Vaccination in Bombay 1924-1928 - 1924-1928
Year: 1924
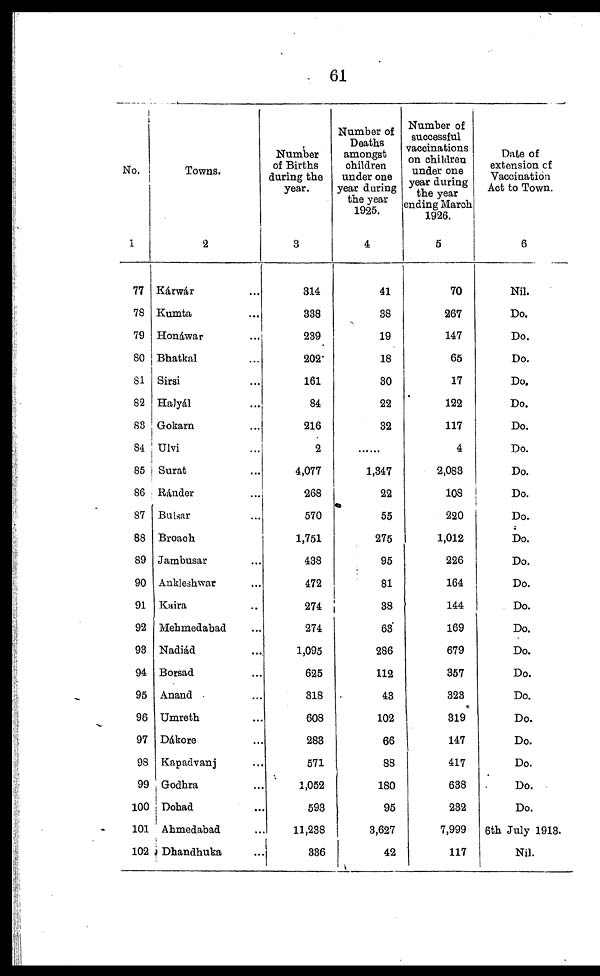
61
No.
1
77
78
79
80
81
82
83
84
85
86
87
88
89
90
91
92
93
94
95
96
97
98
99
100
101
102
Towns.
2
Kárwár ...
Kumta ...
Honáwar ...
Bhatkal ...
Sirsi ...
Halyál ...
Gokarn ...
Ulvi ...
Surat ...
Ránder ...
Bulsar ...
Broach ...
Jambusar ...
Ankleshwar ...
Kaira
Mehmedabad ...
Nadiád ...
Borsad ...
Anand ...
Umreth ...
Dákore ...
Kapadvanj ...
Godhra ...
Dohad ...
Ahmedabad ...
Dhandhuka ...
Number
of Births
during the
year.
3
314
338
239
202
161
84
216
2
4,077
268
570
1,751
438
472
274
274
1,095
625
318
608
283
571
1,052
593
11,238
336
Number of
Deaths
amongst
children
under one
year during
the year
1925.
4
41
38
19
18
30
22
32
...
1,347
22
55
275
95
81
38
63
286
112
43
102
66
88
180
95
3,627
42
Number of
successful
vaccinations
on children
under one
year during
the year
ending March
1926.
5
70
267
147
65
17
122
117
4
2,083
108
220
1,012
226
164
144
169
679
357
323
319
147
417
638
232
7,999
117
Date of
extension of
Vaccination
Act to Town.
6
Nil.
Do.
Do.
Do.
Do.
Do.
Do.
Do.
Do.
Do.
Do.
Do.
Do.
Do.
Do.
Do.
Do.
Do.
Do.
Do.
Do.
Do.
Do.
Do.
6th July 1913.
Nil.